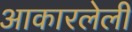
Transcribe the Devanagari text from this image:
आकारलेली